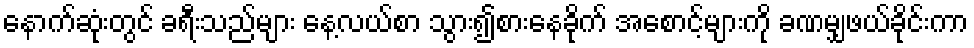
နောက်ဆုံးတွင် ခရီးသည်များ နေ့လယ်စာ သွား၍စားနေခိုက် အစောင့်များကို ခဏမျှဖယ်ခိုင်းကာ